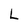
Character: L